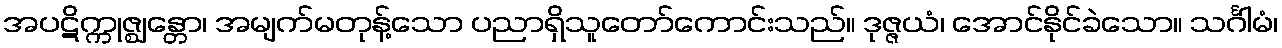
အပဋိက္ကုဇ္ဈန္တော၊ အမျက်မတုန့်သော ပညာရှိသူတော်ကောင်းသည်။ ဒုဇ္ဇယံ၊ အောင်နိုင်ခဲသော။ သင်္ဂါမံ၊